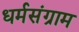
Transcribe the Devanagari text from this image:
धर्मसंग्राम